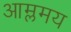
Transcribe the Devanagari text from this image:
आम्लमय